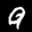
Digit: 9